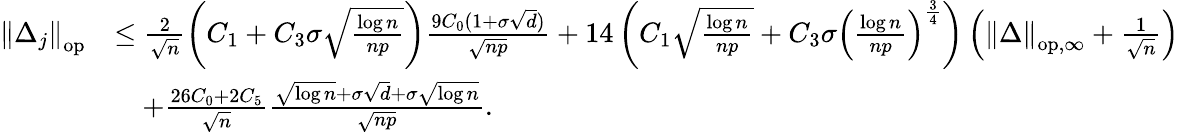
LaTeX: \begin{array}{rl}{\left\| {\Delta_{j}}\right\| _{\mathrm{op}}}&{\leq\frac{2}{\sqrt{n}}\left(C_{1}+C_{3}\sigma\sqrt{\frac{\log n}{np}}\right)\frac{9C_{0}(1+\sigma\sqrt{d})}{\sqrt{np}}+14\left(C_{1}\sqrt{\frac{\log n}{np}}+C_{3}\sigma\left(\frac{\log n}{np}\right)^{\frac{3}{4}}\right)\left(\left\| {\Delta}\right\| _{\mathrm{op,\infty}}+\frac{1}{\sqrt{n}}\right)}\\ &{\quad+\frac{26C_{0}+2C_{5}}{\sqrt{n}}\frac{\sqrt{\log n}+\sigma\sqrt{d}+\sigma\sqrt{\log n}}{\sqrt{np}}.}\end{array}